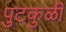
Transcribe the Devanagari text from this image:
पुटकुळी